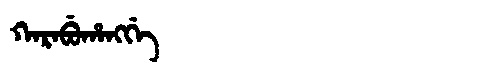
Manchu: ᡴᠠᡵᠠᠪᡠᡥᠠᠩᡤᡝ
Romanization: KARABUHANGGE